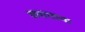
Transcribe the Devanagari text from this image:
कराताना